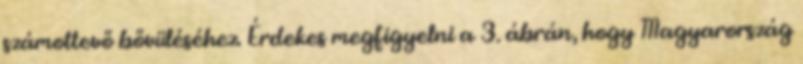
számottevő bővüléséhez. Érdekes megfigyelni a 3. ábrán, hogy Magyarország